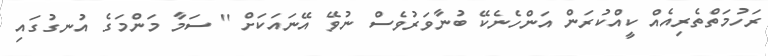
ރަހުމަތްތެރިއެއް ކީއްކުރަން އަންހެނެކޭ ބުނާވަރުވެސް ނުވޭ އޭނައަކަށް '' ސަމާ މަންމަގެ އުނގުގައި